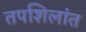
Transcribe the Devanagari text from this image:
तपशिलांत